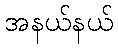
အနယ်နယ်